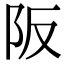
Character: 阪